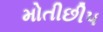
મોતીછીપ